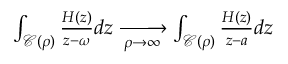
\begin{array} { r } { \int _ { \mathcal { C } ( \rho ) } \frac { H ( z ) } { z - \omega } d z \xrightarrow [ \rho \rightarrow \infty ] { } \int _ { \mathcal { C } ( \rho ) } \frac { H ( z ) } { z - a } d z } \end{array}